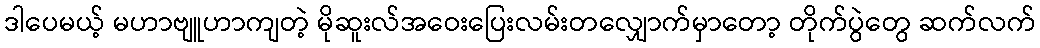
ဒါပေမယ့် မဟာဗျူဟာကျတဲ့ မိုဆူးလ်အဝေးပြေးလမ်းတလျှောက်မှာတော့ တိုက်ပွဲတွေ ဆက်လက်